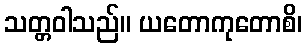
သတ္တဝါသည်။ ယတောကုတောစိ၊